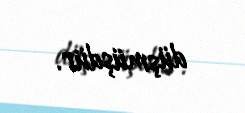
düşmüşdür.